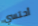
أحتسي